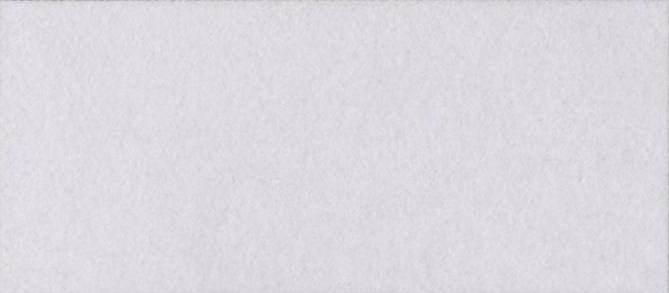
मण्डी